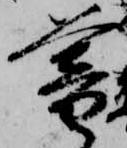
暮